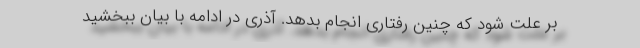
بر علت شود که چنین رفتاری انجام بدهد. آذری در ادامه با بیان ببخشید